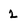
Character: 2